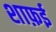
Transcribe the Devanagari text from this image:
शाफ़ई